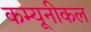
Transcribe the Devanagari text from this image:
कम्यूनीकल